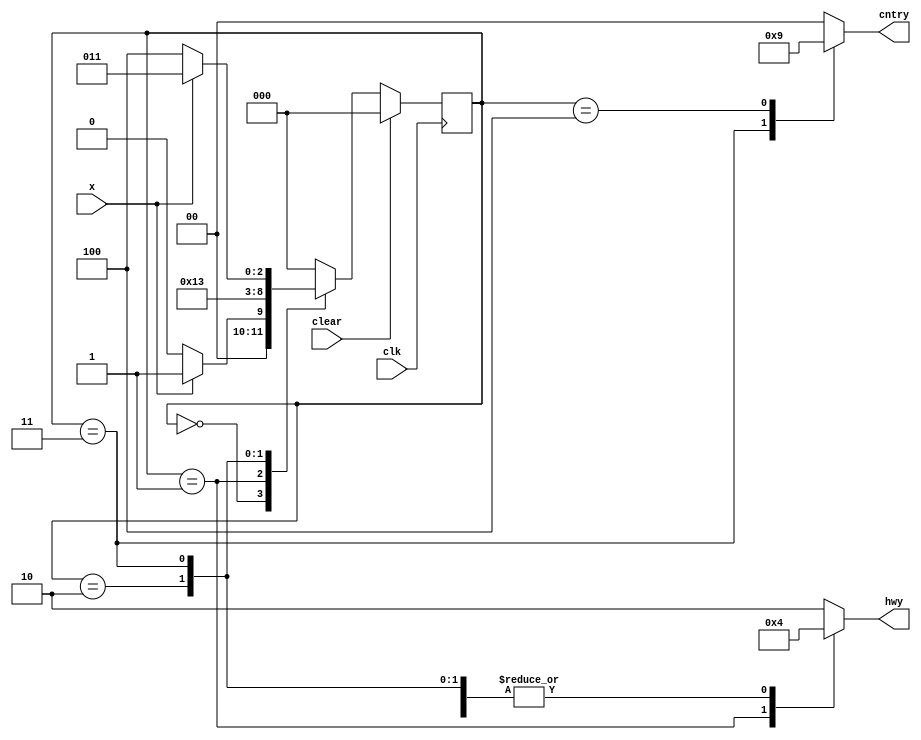
`timescale 1ns / 1ps
//////////////////////////////////////////////////////////////////////////////////
// Company: 
// Engineer: 
// 
// Design Name: 
// Module Name: TLC
// Project Name: 
// Target Devices: 
// Tool Versions: 
// Description: 
// 
// Dependencies: 
// 
// Revision:
// Revision 0.01 - File Created
// Additional Comments:
// 
//////////////////////////////////////////////////////////////////////////////////
`define TRUE 1'b1 
`define FALSE 1'b0
//delays
`define y2rdelay 3
`define r2gdelay 2

module TLC(hwy,cntry,clk,clear,x);
input x,clk,clear;
output reg [1:0] hwy,cntry;

//status of light 
parameter red=2'b00;
parameter yellow=2'b01;
parameter green=2'b10;

//state definition          hwy    cntry
parameter S0=3'b000;     //   G       R
parameter S1=3'b001;     //   Y       R
parameter S2=3'b010;     //   R       R
parameter S3=3'b011;     //   R       G
parameter S4=3'b100;     //   R       Y

reg [2:0] state;
reg [2:0] next_state;

always@(posedge clk)
if(clear)
state<=S0;
else 
state<=next_state;

always@(state)
begin
      hwy=green; 
      cntry=red; 
case(state) 
S0: ;
S1: hwy=yellow;    
S2: hwy=red; 
S3: begin 
    hwy=red; 
    cntry=green;
    end
S4: begin 
    hwy=red; 
    cntry=yellow;
    end
endcase   
end  

always@(state or x)
begin 
case(state)
S0: if(x)
    next_state = S1;
    else 
    next_state=S0;
S1: begin 
repeat(`y2rdelay) next_state=S1;
next_state=S2;
end
S2: begin 
repeat(`r2gdelay) next_state=S2;
next_state=S3;
end
S3: if(x)
    next_state = S3;
    else 
    next_state=S4;
S4: begin 
repeat(`y2rdelay) next_state=S4;
next_state=S0;
end
default: next_state=S0;
endcase
end

endmodule